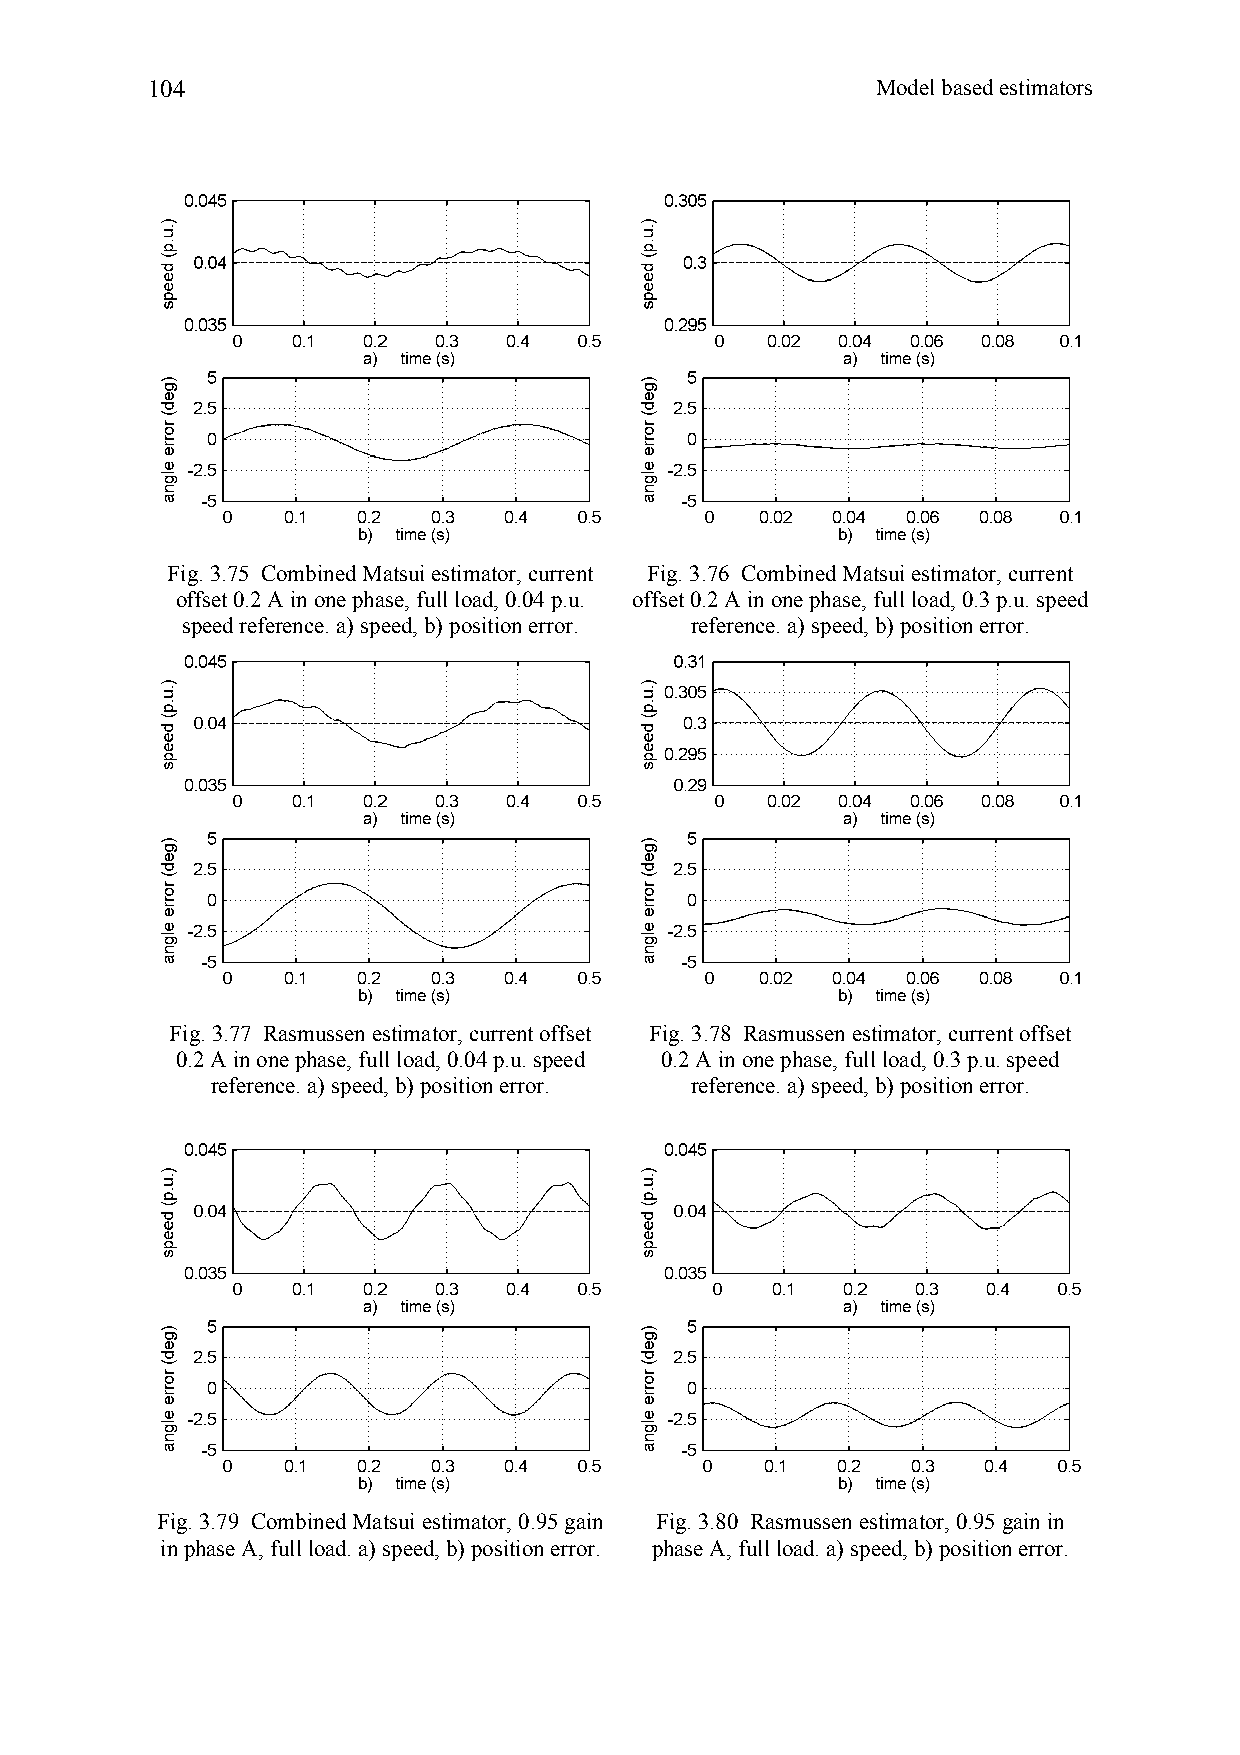
104                                             Model based estimators
 Fig. 3.75 Combined Matsui estimator, current Fig. 3.76 Combined Matsui estimator, current
 offset 0.2 A in one phase, full load, 0.04 p.u. offset 0.2 A in one phase, full load, 0.3 p.u. speed
 speed reference. a) speed, b) position error. reference. a) speed, b) position error.
 Fig. 3.77 Rasmussen estimator, current offset Fig. 3.78 Rasmussen estimator, current offset
 0.2 A in one phase, full load, 0.04 p.u. speed 0.2 A in one phase, full load, 0.3 p.u. speed
 reference. a) speed, b) position error. reference. a) speed, b) position error.
 Fig. 3.79 Combined Matsui estimator, 0.95 gain Fig. 3.80 Rasmussen estimator, 0.95 gain in
 in phase A, full load. a) speed, b) position error. phase A, full load. a) speed, b) position error.